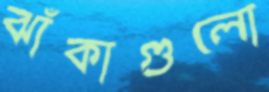
ঝাঁকাগুলো